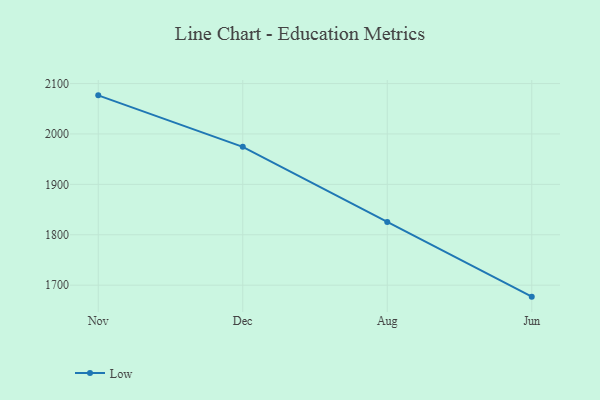
{"axis": {"x": "Month", "y": "LTV (USD)"}, "legend": ["Low"], "data": [{"x": "Nov", "y": 2076.6, "type": "Low"}, {"x": "Dec", "y": 1974.4, "type": "Low"}, {"x": "Aug", "y": 1825.4, "type": "Low"}, {"x": "Jun", "y": 1677.2, "type": "Low"}]}